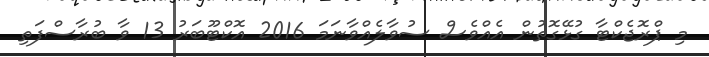
މި ޕްރޮޖެކްޓާ ގުޅޭގޮތުން އެއްވެސް ސުވާލެއްވާނަމަ 2016 އޮކްޓޫބަރު 13 ވާ ބުރާސްފަތި